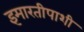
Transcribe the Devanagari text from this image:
इमारतीपाशी